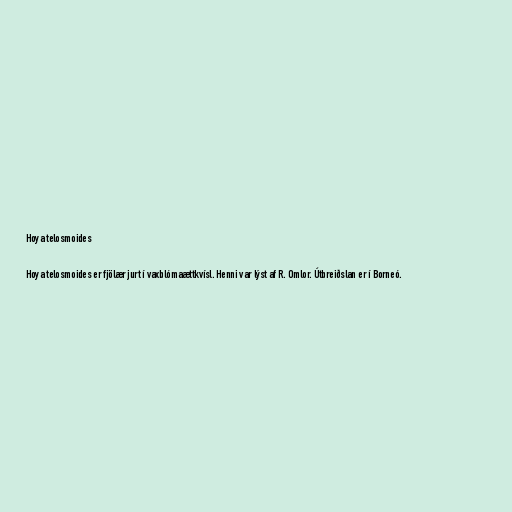
Hoya telosmoides

Hoya telosmoides er fjölær jurt í vaxblómaættkvísl. Henni var lýst af R. Omlor. Útbreiðslan er í Borneó.